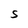
Character: S